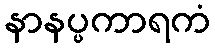
နာနပ္ပကာရကံ